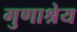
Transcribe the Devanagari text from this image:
गुणाश्रेय